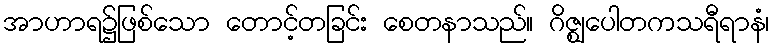
အာဟာရ၌ဖြစ်သော တောင့်တခြင်း စေတနာသည်။ ဂိဇ္ဈပေါတကသရီရာနံ၊